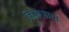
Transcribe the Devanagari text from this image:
किए।भारत